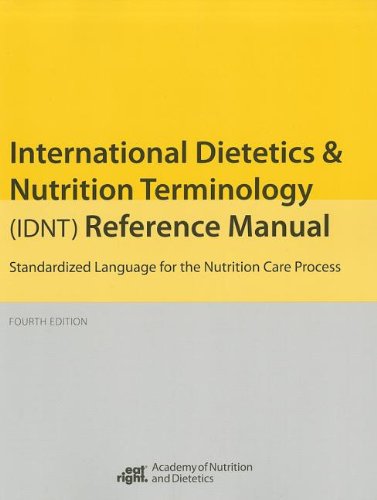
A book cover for International Dietetics and Nutritional Terminology (Idnt) Reference Manual: Standard Language for the Nutrition Care Process; AND; Medical Books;